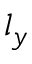
l _ { y }